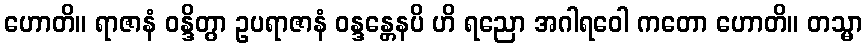
ဟောတိ။ ရာဇာနံ ဝန္ဒိတွာ ဥပရာဇာနံ ဝန္ဒန္တေနပိ ဟိ ရညော အဂါရဝေါ ကတော ဟောတိ။ တသ္မာ